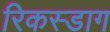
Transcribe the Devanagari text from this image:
रिकस्डाग